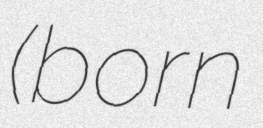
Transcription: (born